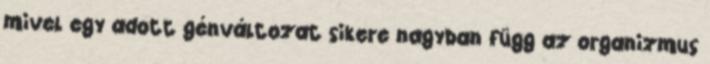
mivel egy adott génváltozat sikere nagyban függ az organizmus